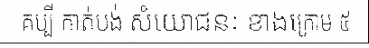
គប្បី កាត់បង់ សំយោជនៈ ខាងក្រោម ៥